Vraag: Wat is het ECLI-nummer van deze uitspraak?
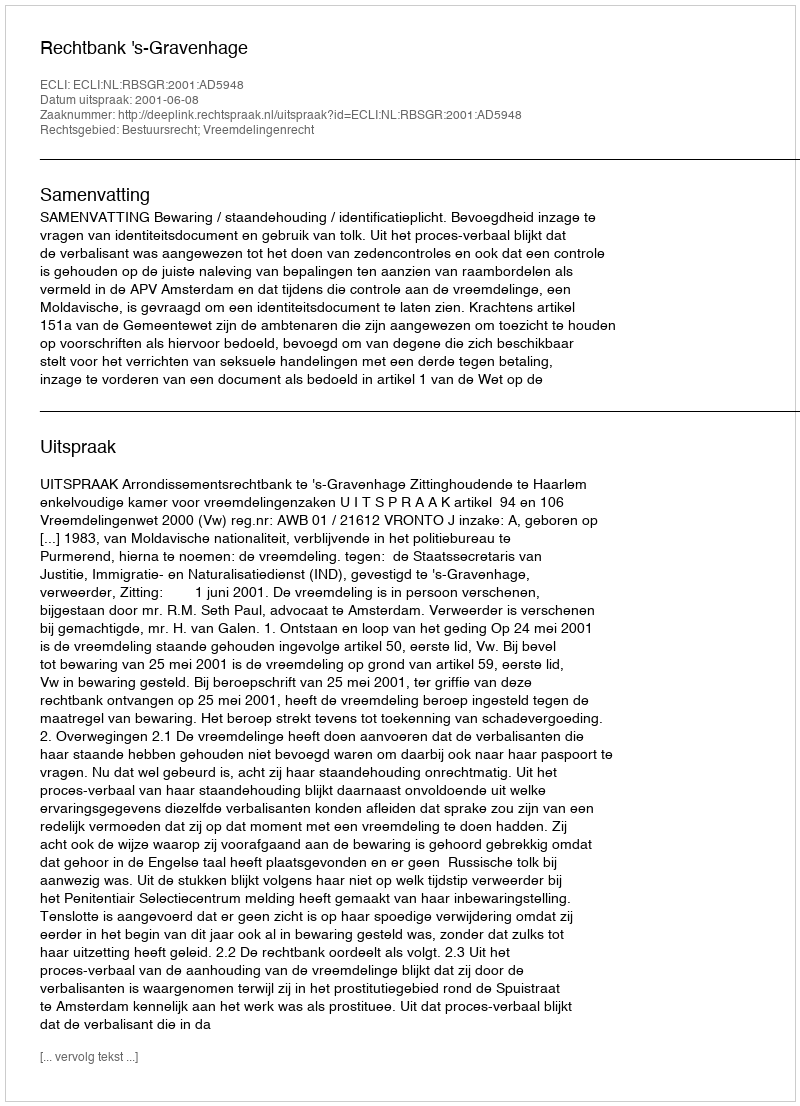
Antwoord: ECLI:NL:RBSGR:2001:AD5948